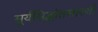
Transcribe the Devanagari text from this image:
सूर्यसिद्धांतसारणी